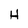
Character: H